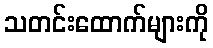
သတင်းထောက်များကို